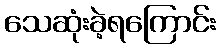
သေဆုံးခဲ့ရကြောင်း